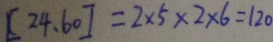
[ 2 4 . 6 0 ] = 2 \times 5 \times 2 \times 6 = 1 2 0